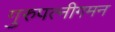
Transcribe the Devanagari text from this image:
गुरुपत्नीगमन